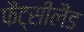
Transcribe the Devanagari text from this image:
फैंट्सीलैंड